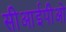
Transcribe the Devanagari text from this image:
सीआईपीओ